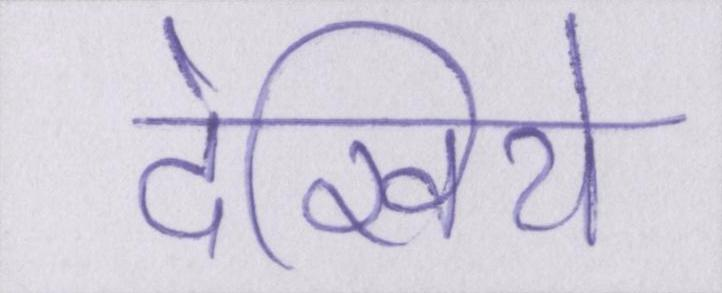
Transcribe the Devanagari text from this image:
देखिये